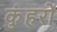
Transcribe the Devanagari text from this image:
कुंहरों